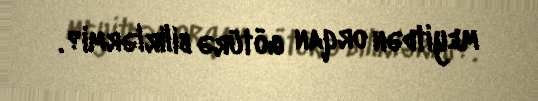
meyitdən orqan götürə bilirlərmi?.